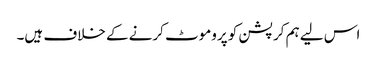
اس لیے ہم کرپشن کو پروموٹ کرنے کے خلاف ہیں۔